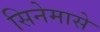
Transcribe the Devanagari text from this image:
सिनेमासे